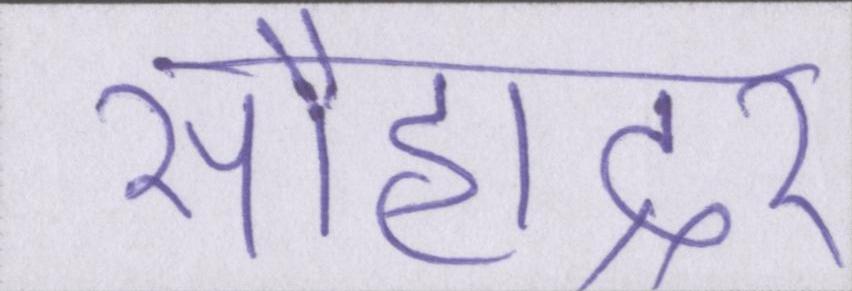
सौहाद्र्र